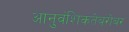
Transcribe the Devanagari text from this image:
आनुवंशिकतेबरोबर